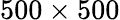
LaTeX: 500\times 500